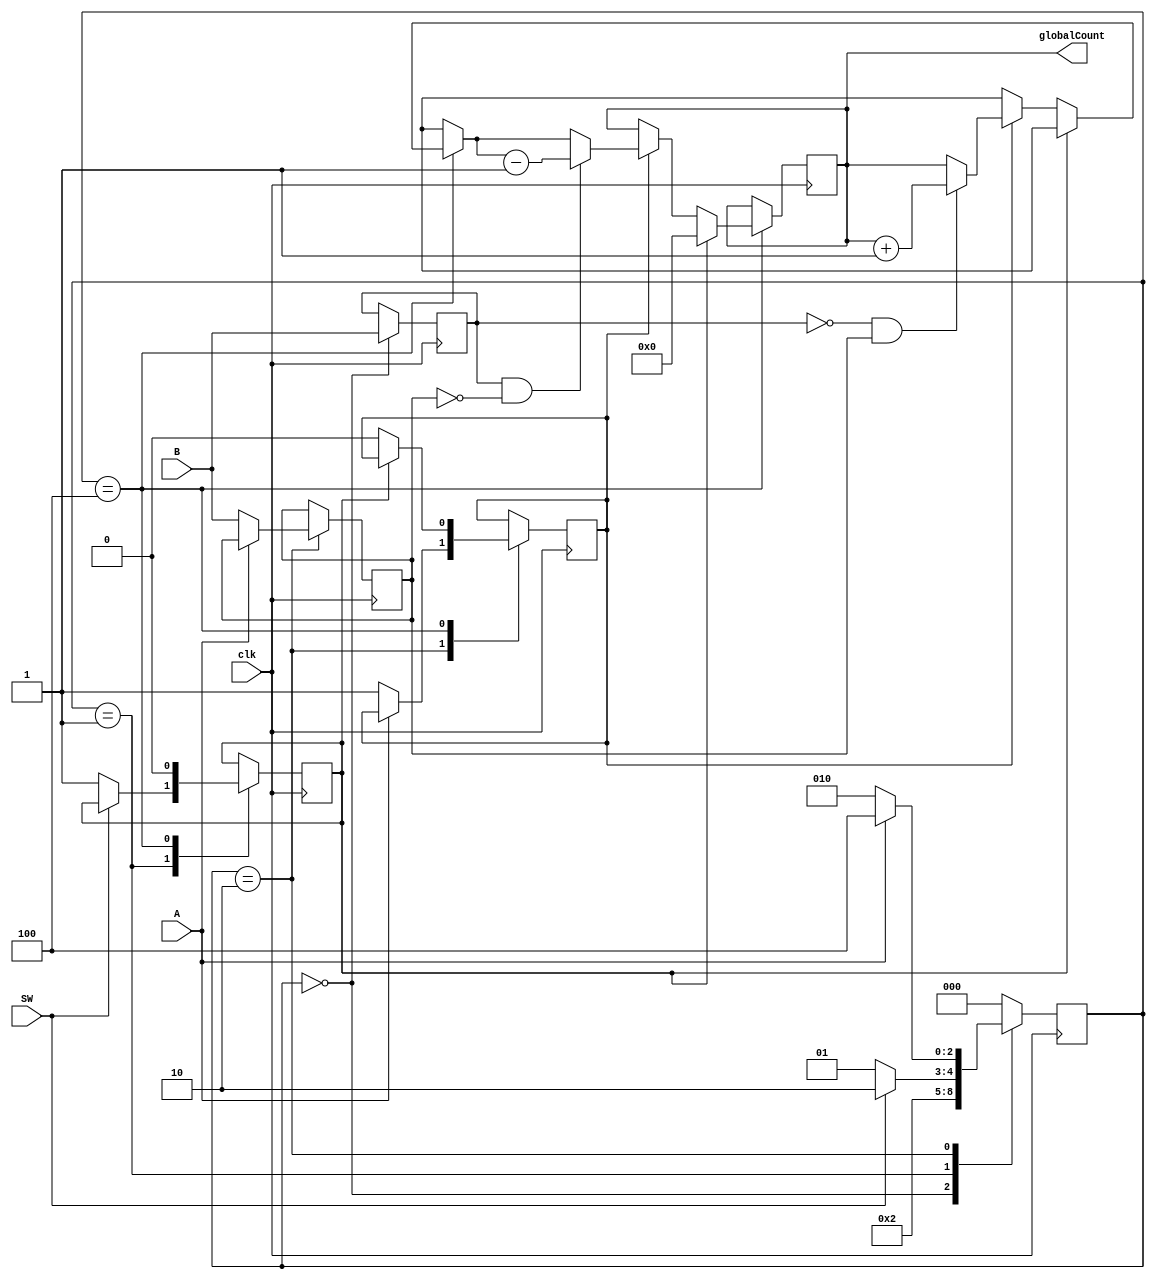
`timescale 1ns / 1ps

module SPC_test(
    input wire clk,
    input wire SW,
    input wire A,
    input wire B,
    output reg [7:0] globalCount
    );

parameter IDEL                  = 3'b000,
          STATE1                = 3'b001,
          STATE2                = 3'b010,
          DONE                  = 3'b100;

reg [2:0] STATE;
reg lastSib;
reg resetflag;
reg currentSib;
reg flag;

always @(posedge clk) begin
    case(STATE)
    
        IDEL:begin
            lastSib             <= B;
            STATE               <= STATE1; 
        end

        STATE1:begin
            if (SW == 1'b1) begin
                STATE           <= STATE2;
            end
            else if (SW == 1'b0) begin
                STATE           <= STATE1;
                resetflag       <= 1'b1;
            end
        end

        STATE2:begin
            if (A == 1'b1) begin
                STATE           <= DONE;
            end
            else if (A == 1'b0) begin
                STATE           <= STATE2;
                currentSib      <= B;
                flag            <= 1'b1;
            end
        end

        DONE:begin
            if (resetflag == 1'b1) begin
                globalCount     <= 1'b0; 
                resetflag       <= 1'b0;
                STATE           <= IDEL;
            end
            else if (flag == 1'b1) begin
                if (lastSib == 1'b0 & currentSib == 1'b1) begin
                    globalCount = globalCount + 1'b1;
                end
                if (lastSib == 1'b1 & currentSib == 1'b0) begin
                    globalCount = globalCount - 1'b1;
                end
                flag            <= 1'b0;
                STATE           <= IDEL;
            end
            else begin
                STATE           <= IDEL;
            end
        end

        default:begin
            STATE               <= IDEL;
        end

    endcase
end

endmodule